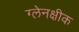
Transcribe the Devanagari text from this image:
ग्लेनक्षीक